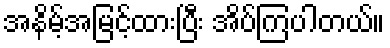
အနိမ့်အမြင့်ထားပြီး အိပ်ကြပါတယ်။